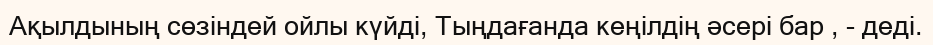
Ақылдының сөзіндей ойлы күйді, Тыңдағанда кеңілдің әсері бар , - деді.